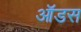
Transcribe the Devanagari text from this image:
ऑडस